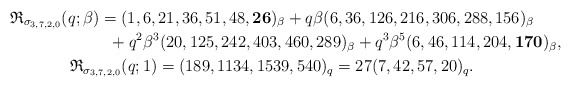
\begin{gather*}\mathfrak{R}_{\sigma_{3,7,2,0}}(q;\beta)=(1,6,21,36,51,48,{\bf 26})_{\beta} + q\beta (6,36,126,216,306,288,156)_{\beta}\\\hphantom{\mathfrak{R}_{\sigma_{3,7,2,0}}(q;\beta)=}{}+ q^2 \beta^3 (20,125,242,403,460,289)_{\beta} + q^3 \beta^5 (6,46,114,204,{\bf 170})_{\beta},\\\mathfrak{R}_{\sigma_{3,7,2,0}}(q;1) = (189,1134,1539,540)_{q}=27 (7,42,57,20)_{q}.\end{gather*}